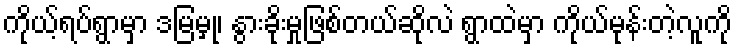
ကိုယ့်ရပ်ရွာမှာ ဒမြမှု၊ နွားခိုးမှုဖြစ်တယ်ဆိုလဲ ရွာထဲမှာ ကိုယ်မုန်းတဲ့လူကို